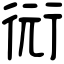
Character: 衏